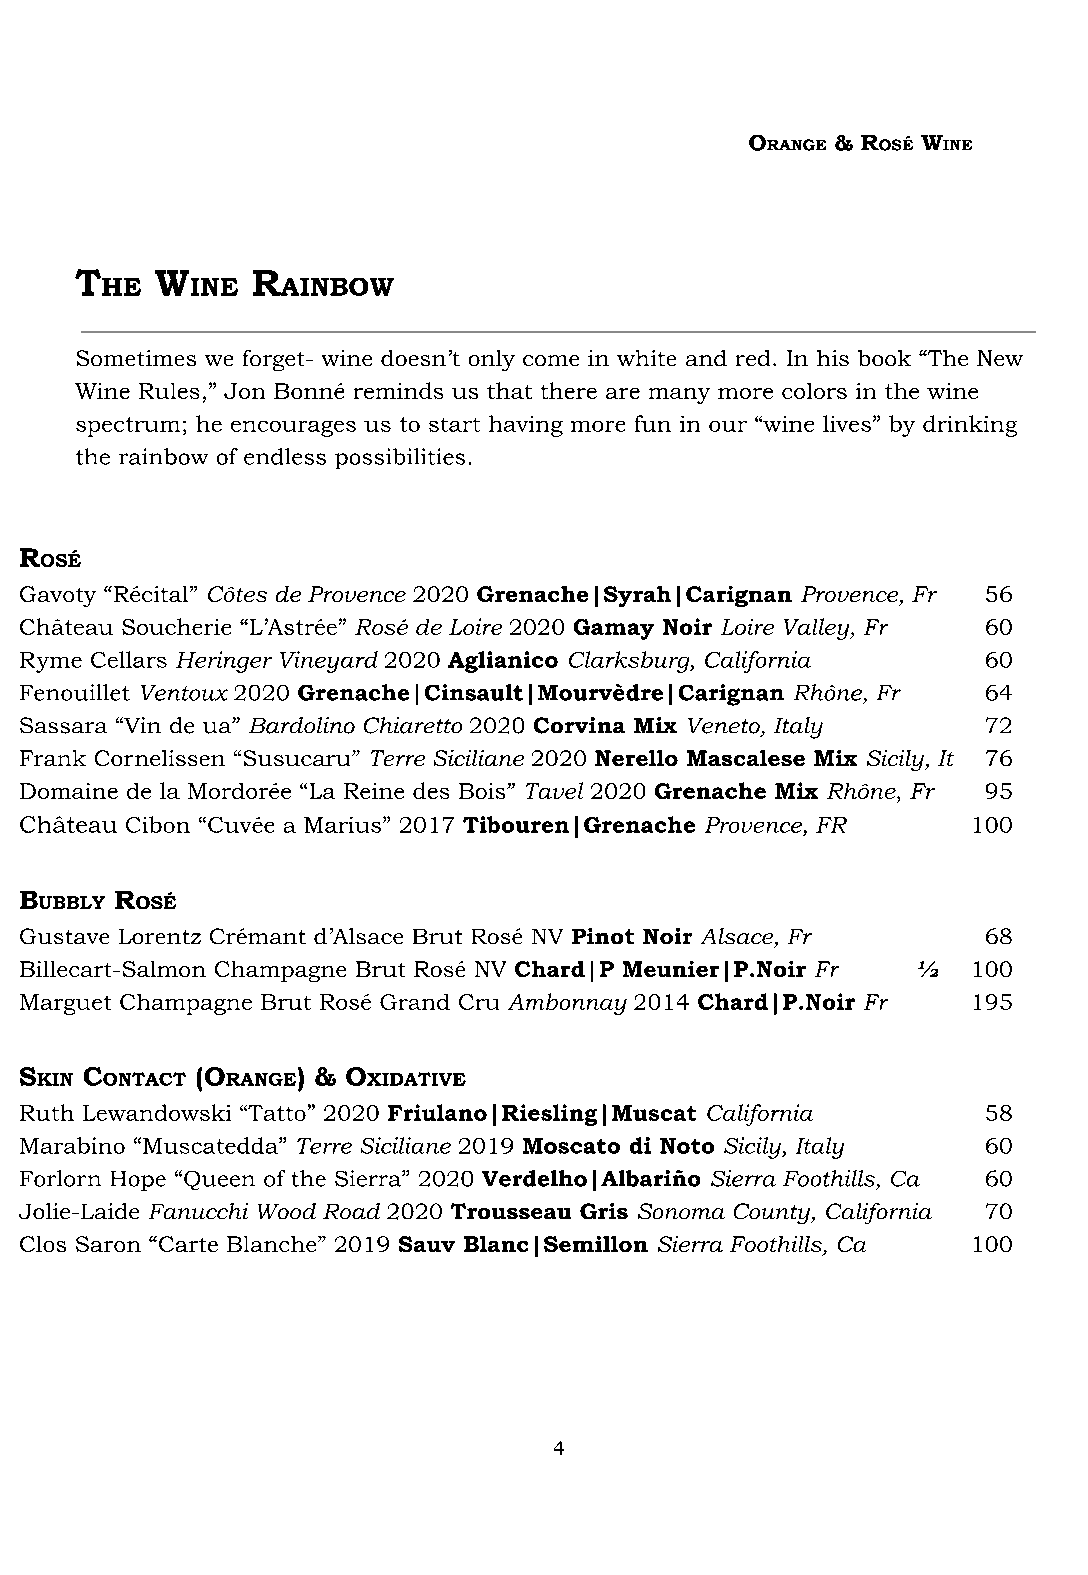
O    & R   W
 RANGE  OSÉ INE
 T    W      R
 HE    INE   AINBOW
 Sometimes we forget- wine doesn’t only come in white and red. In his book “The New
 Wine Rules,” Jon Bonné reminds us that there are many more colors in the wine
 spectrum; he encourages us to start having more fun in our “wine lives” by drinking
 the rainbow of endless possibilities.
 R
 OSÉ
 Gavoty “Récital” Côtes de Provence 2020 Grenache|Syrah|Carignan Provence, Fr 56
 Château Soucherie “L’Astrée” Rosé de Loire 2020 Gamay Noir Loire Valley, Fr 60
 Ryme Cellars Heringer Vineyard 2020 Aglianico Clarksburg, California 60
 Fenouillet Ventoux 2020 Grenache|Cinsault|Mourvèdre|Carignan Rhône, Fr 64
 Sassara “Vin de ua” Bardolino Chiaretto 2020 Corvina Mix Veneto, Italy 72
 Frank Cornelissen “Susucaru” Terre Siciliane 2020 Nerello Mascalese Mix Sicily, It 76
 Domaine de la Mordorée “La Reine des Bois” Tavel 2020 Grenache Mix Rhône, Fr 95
 Château Cibon “Cuvée a Marius” 2017 Tibouren|Grenache Provence, FR 100
 B      R
 UBBLY OSÉ
 Gustave Lorentz Crémant d’Alsace Brut Rosé NV Pinot Noir Alsace, Fr 68
 Billecart-Salmon Champagne Brut Rosé NV Chard|P Meunier|P.Noir Fr ½ 100
 Marguet Champagne Brut Rosé Grand Cru Ambonnay 2014 Chard|P.Noir Fr 195
 S   C       (O     ) & O
 KIN  ONTACT  RANGE    XIDATIVE
 Ruth Lewandowski “Tatto” 2020 Friulano|Riesling|Muscat California 58
 Marabino “Muscatedda” Terre Siciliane 2019 Moscato di Noto Sicily, Italy 60
 Forlorn Hope “Queen of the Sierra” 2020 Verdelho|Albariño Sierra Foothills, Ca 60
 Jolie-Laide Fanucchi Wood Road 2020 Trousseau Gris Sonoma County, California 70
 Clos Saron “Carte Blanche” 2019 Sauv Blanc|Semillon Sierra Foothills, Ca 100
 4